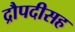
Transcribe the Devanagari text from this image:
द्रौपदीसह